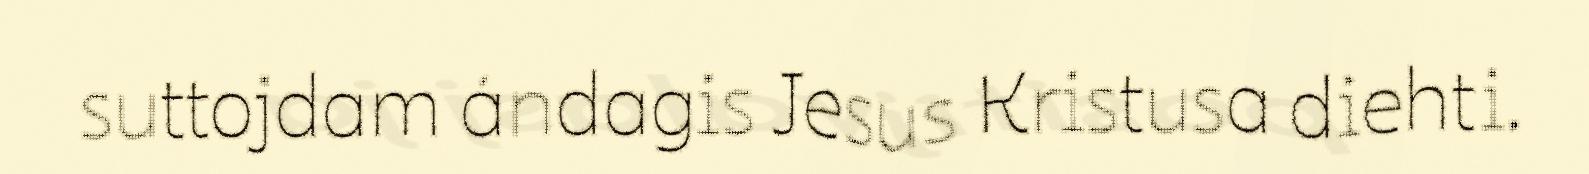
suttojdam ándagis Jesus Kristusa diehti.